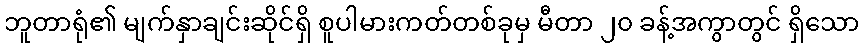
ဘူတာရုံ၏ မျက်နှာချင်းဆိုင်ရှိ စူပါမားကတ်တစ်ခုမှ မီတာ ၂၀ ခန့်အကွာတွင် ရှိသော